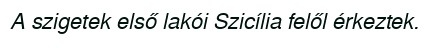
A szigetek első lakói Szicília felől érkeztek.